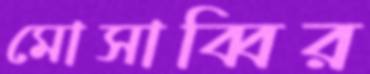
মোসাব্বির